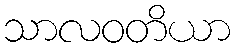
သာလဝတိယာ